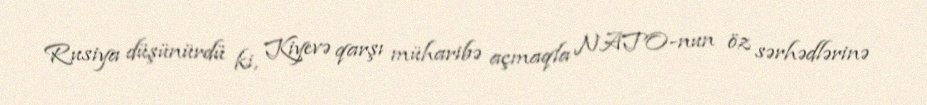
Rusiya düşünürdü ki, Kiyevə qarşı müharibə açmaqla NATO-nun öz sərhədlərinə